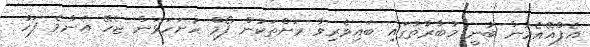
އެފްއޭއެމުން ބުނީ މުބާރާތުގައި ބައިވެރިވާ ރަށްތަކުން ފޯމް ހުށަހަޅަން ޖެހޭ އެންމެ ފަހު